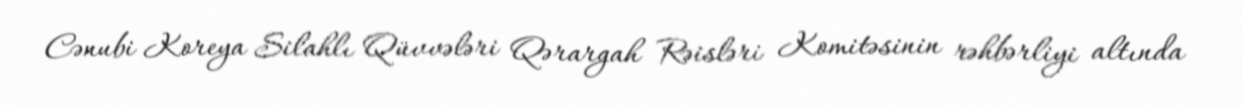
Cənubi Koreya Silahlı Qüvvələri Qərargah Rəisləri Komitəsinin rəhbərliyi altında